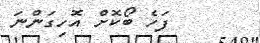
ފަހެ ބޯކޮށް އޮހިގަންނަ